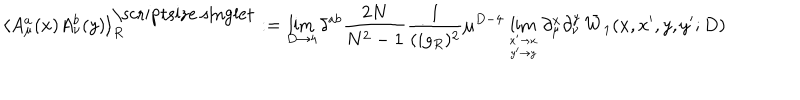
LaTeX: \langle A _ { \mu } ^ { a } ( x ) A _ { \nu } ^ { b } ( y ) \rangle _ { R } ^ { \mathrm { \scriptsize ~ s i n g l e t } } : = \lim _ { D \to 4 } \delta ^ { a b } { \frac { 2 N } { N ^ { 2 } - 1 } } { \frac { 1 } { ( i g _ { R } ) ^ { 2 } } } \mu ^ { D - 4 } \lim _ { x ^ { \prime } \to x \atop y ^ { \prime } \to y } \partial _ { \mu } ^ { x } \partial _ { \nu } ^ { y } \, \bar { W } _ { 1 } ( x , x ^ { \prime } , y , y ^ { \prime } ; D )